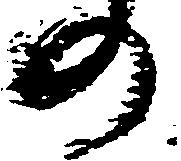
の